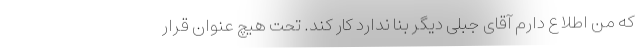
که من اطلاع دارم آقای جبلی دیگر بنا ندارد کار کند. تحت هیچ عنوان قرار